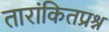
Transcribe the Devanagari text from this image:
तारांकितप्रश्न